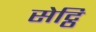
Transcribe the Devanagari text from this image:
सेट्ठि